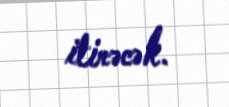
itirəcək.